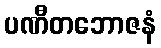
ပဏီတဘောဇနံ